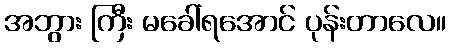
အဘွား ကြီး မခေါ်ရအောင် ပုန်းတာလေ။